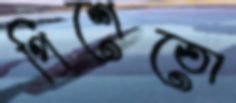
পিশেতো